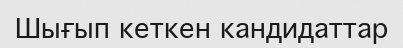
Шығып кеткен кандидаттар